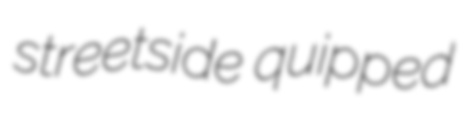
streetside quipped